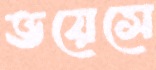
ভয়েসে